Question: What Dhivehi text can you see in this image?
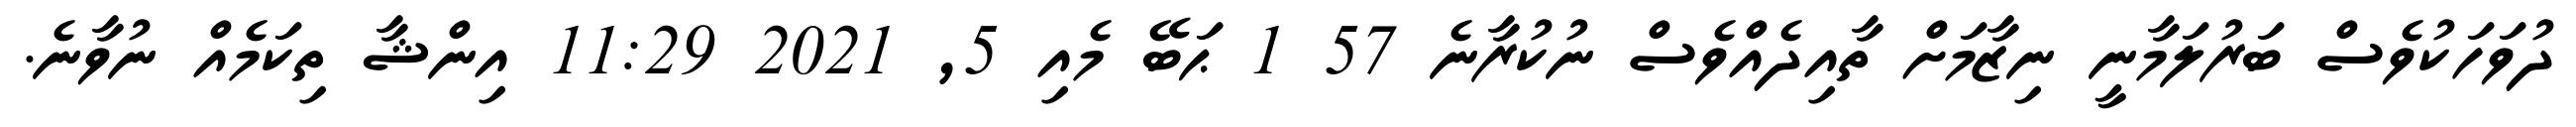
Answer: ދުވަހަކުވެސް ބަރުލަމާނީ ނިޒާމަށް ތާއިދެއްވެސް ނުކުރާނެ 57 1 ޙަބޭ މެއި 5, 2021 11:29 އިންޝާ ތިކަމެއް ނުވާނެ.